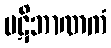
ပဋိဘာဏကံ